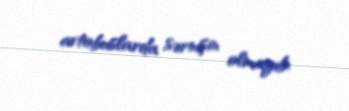
avtobuslarda sərnişin olmayıb.